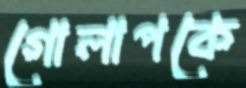
গোলাপকে